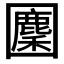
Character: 𡈳